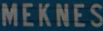
MEKNES